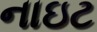
નાઇટ